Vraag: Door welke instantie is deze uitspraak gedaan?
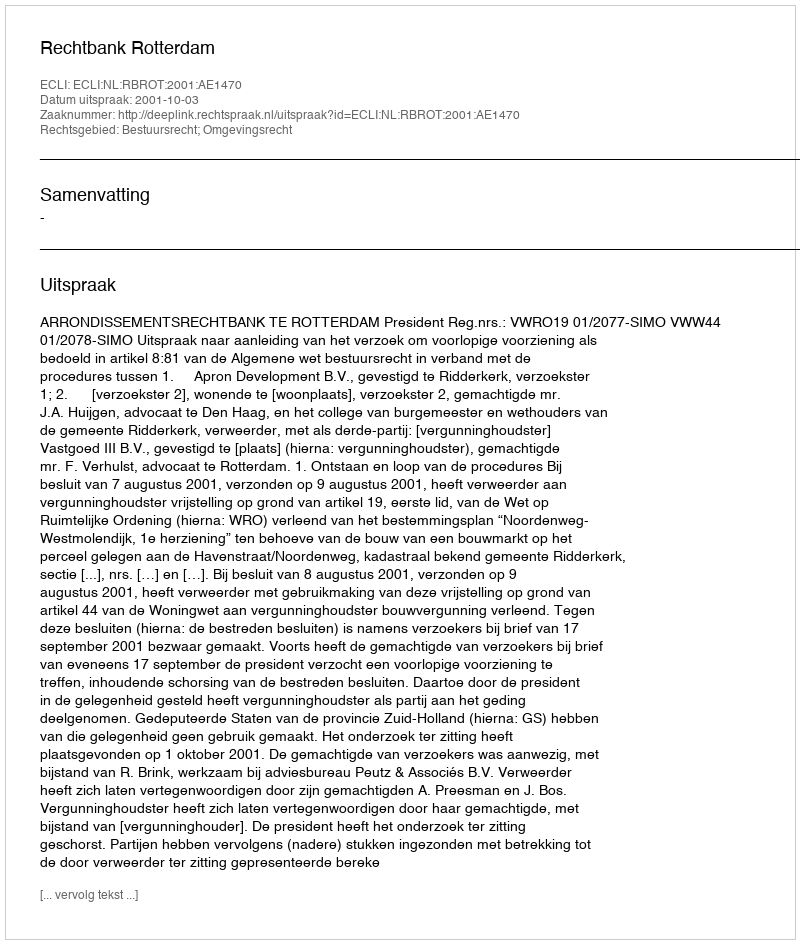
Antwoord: Rechtbank Rotterdam